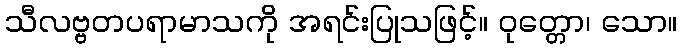
သီလဗ္ဗတပရာမာသကို အရင်းပြုသဖြင့်။ ဝုတ္တော၊ သော။